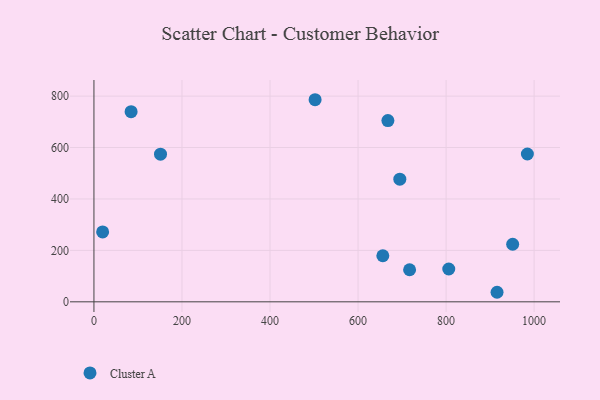
{"axis": {"x": "Engine Size", "y": "Fuel Efficiency"}, "legend": ["Cluster A"], "data": [{"x": "151.2", "y": 574.0, "type": "Cluster A"}, {"x": "19.7", "y": 271.8, "type": "Cluster A"}, {"x": "667.8", "y": 705.0, "type": "Cluster A"}, {"x": "656.3", "y": 179.1, "type": "Cluster A"}, {"x": "984.7", "y": 574.8, "type": "Cluster A"}, {"x": "951.3", "y": 223.8, "type": "Cluster A"}, {"x": "502.4", "y": 785.9, "type": "Cluster A"}, {"x": "694.9", "y": 476.9, "type": "Cluster A"}, {"x": "806.1", "y": 127.7, "type": "Cluster A"}, {"x": "84.4", "y": 739.3, "type": "Cluster A"}, {"x": "915.8", "y": 37.1, "type": "Cluster A"}, {"x": "717.1", "y": 124.6, "type": "Cluster A"}]}